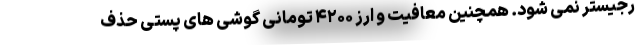
رجیستر نمی شود. همچنین معافیت و ارز ۴۲۰۰ تومانی گوشی های پستی حذف